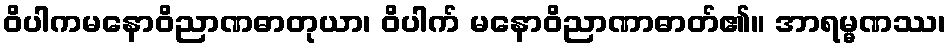
ဝိပါကမနောဝိညာဏဓာတုယာ၊ ဝိပါက် မနောဝိညာဏာဓာတ်၏။ အာရမ္မဏဿ၊